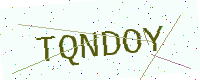
Text: TQNDOY